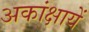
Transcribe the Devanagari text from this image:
अकांक्षायें